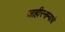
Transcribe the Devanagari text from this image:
जाहीरनाम्याचे